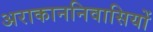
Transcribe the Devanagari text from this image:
अराकाननिवासियों